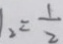
1 _ { 2 } = \frac { 1 } { 2 }